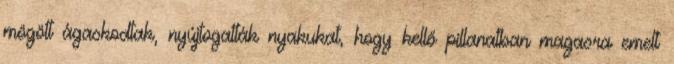
mögött ágaskodtak, nyújtogatták nyakukat, hogy kellő pillanatban magasra emelt